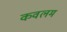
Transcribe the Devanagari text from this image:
कवलम